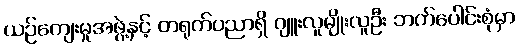
ယဉ်ကျေးမှုအဖွဲ့နှင့် တရုတ်ပညာရှိ ဂျူးလူမျိုးလူဦး ဘက်ပေါင်းစုံမှာ